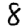
Digit: 8